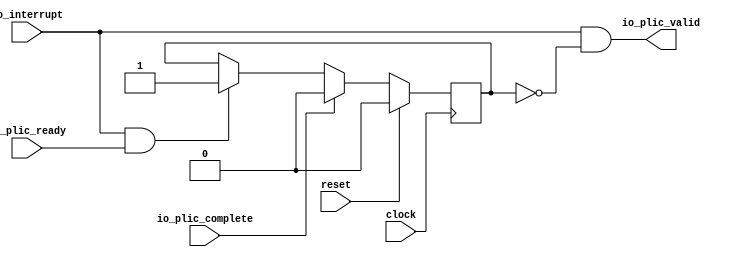
// Copyright (c) 2017, Microsemi Corporation
// All rights reserved.
//
// Redistribution and use in source and binary forms, with or without
// modification, are permitted provided that the following conditions are met:
//     * Redistributions of source code must retain the above copyright
//       notice, this list of conditions and the following disclaimer.
//     * Redistributions in binary form must reproduce the above copyright
//       notice, this list of conditions and the following disclaimer in the
//       documentation and/or other materials provided with the distribution.
//     * Neither the name of the <organization> nor the
//       names of its contributors may be used to endorse or promote products
//       derived from this software without specific prior written permission.
//
// THIS SOFTWARE IS PROVIDED BY THE COPYRIGHT HOLDERS AND CONTRIBUTORS "AS IS" AND
// ANY EXPRESS OR IMPLIED WARRANTIES, INCLUDING, BUT NOT LIMITED TO, THE IMPLIED
// WARRANTIES OF MERCHANTABILITY AND FITNESS FOR A PARTICULAR PURPOSE ARE
// DISCLAIMED. IN NO EVENT SHALL MICROSEMI CORPORATIONM BE LIABLE FOR ANY
// DIRECT, INDIRECT, INCIDENTAL, SPECIAL, EXEMPLARY, OR CONSEQUENTIAL DAMAGES
// (INCLUDING, BUT NOT LIMITED TO, PROCUREMENT OF SUBSTITUTE GOODS OR SERVICES;
// LOSS OF USE, DATA, OR PROFITS; OR BUSINESS INTERRUPTION) HOWEVER CAUSED AND
// ON ANY THEORY OF LIABILITY, WHETHER IN CONTRACT, STRICT LIABILITY, OR TORT
// (INCLUDING NEGLIGENCE OR OTHERWISE) ARISING IN ANY WAY OUT OF THE USE OF THIS
// SOFTWARE, EVEN IF ADVISED OF THE POSSIBILITY OF SUCH DAMAGE.
//
// APACHE LICENSE
// Copyright (c) 2017, Microsemi Corporation 
//
// Licensed under the Apache License, Version 2.0 (the "License");
// you may not use this file except in compliance with the License.
// You may obtain a copy of the License at
//
//    http://www.apache.org/licenses/LICENSE-2.0
//
// Unless required by applicable law or agreed to in writing, software
// distributed under the License is distributed on an "AS IS" BASIS,
// WITHOUT WARRANTIES OR CONDITIONS OF ANY KIND, either express or implied.
// See the License for the specific language governing permissions and
// limitations under the License.
//
// Description:
//
// SVN Revision Information:
// SVN $Revision: $
// SVN $Date: $
//
// Resolved SARs
// SAR      Date     Who   Description
//
// Notes:
//
// ****************************************************************************/
`ifndef RANDOMIZE_REG_INIT 
	 `define RANDOMIZE_REG_INIT 
 `endif
`ifndef RANDOMIZE_MEM_INIT 
	 `define RANDOMIZE_MEM_INIT 
 `endif
`ifndef RANDOMIZE 
	 `define RANDOMIZE 
`endif

`timescale 1ns/10ps
module MiV_AXI_MiV_AXI_0_MIV_RV32IMA_L1_AXI_LEVEL_GATEWAY( // @[:freechips.rocketchip.system.MivRV32ImaL1AhbConfig.fir@5640.2]
  input   clock, // @[:freechips.rocketchip.system.MivRV32ImaL1AhbConfig.fir@5641.4]
  input   reset, // @[:freechips.rocketchip.system.MivRV32ImaL1AhbConfig.fir@5642.4]
  input   io_interrupt, // @[:freechips.rocketchip.system.MivRV32ImaL1AhbConfig.fir@5643.4]
  output  io_plic_valid, // @[:freechips.rocketchip.system.MivRV32ImaL1AhbConfig.fir@5643.4]
  input   io_plic_ready, // @[:freechips.rocketchip.system.MivRV32ImaL1AhbConfig.fir@5643.4]
  input   io_plic_complete // @[:freechips.rocketchip.system.MivRV32ImaL1AhbConfig.fir@5643.4]
);
  reg  inFlight; // @[Plic.scala 29:21:freechips.rocketchip.system.MivRV32ImaL1AhbConfig.fir@5648.4]
  reg [31:0] _RAND_0;
  wire  _T_8; // @[Plic.scala 30:22:freechips.rocketchip.system.MivRV32ImaL1AhbConfig.fir@5649.4]
  wire  _GEN_0; // @[Plic.scala 30:40:freechips.rocketchip.system.MivRV32ImaL1AhbConfig.fir@5650.4]
  wire  _GEN_1; // @[Plic.scala 31:27:freechips.rocketchip.system.MivRV32ImaL1AhbConfig.fir@5653.4]
  wire  _T_12; // @[Plic.scala 32:36:freechips.rocketchip.system.MivRV32ImaL1AhbConfig.fir@5656.4]
  wire  _T_13; // @[Plic.scala 32:33:freechips.rocketchip.system.MivRV32ImaL1AhbConfig.fir@5657.4]
  assign _T_8 = io_interrupt & io_plic_ready; // @[Plic.scala 30:22:freechips.rocketchip.system.MivRV32ImaL1AhbConfig.fir@5649.4]
  assign _GEN_0 = _T_8 ? 1'h1 : inFlight; // @[Plic.scala 30:40:freechips.rocketchip.system.MivRV32ImaL1AhbConfig.fir@5650.4]
  assign _GEN_1 = io_plic_complete ? 1'h0 : _GEN_0; // @[Plic.scala 31:27:freechips.rocketchip.system.MivRV32ImaL1AhbConfig.fir@5653.4]
  assign _T_12 = inFlight == 1'h0; // @[Plic.scala 32:36:freechips.rocketchip.system.MivRV32ImaL1AhbConfig.fir@5656.4]
  assign _T_13 = io_interrupt & _T_12; // @[Plic.scala 32:33:freechips.rocketchip.system.MivRV32ImaL1AhbConfig.fir@5657.4]
  assign io_plic_valid = _T_13;
`ifdef RANDOMIZE
  integer initvar;
  initial begin
    `ifndef verilator
      #0.002 begin end
    `endif
  `ifdef RANDOMIZE_REG_INIT
  _RAND_0 = {1{32'b0}};
  inFlight = _RAND_0[0:0];
  `endif // RANDOMIZE_REG_INIT
  end
`endif // RANDOMIZE
  always @(posedge clock) begin
    if (reset) begin
      inFlight <= 1'h0;
    end else begin
      if (io_plic_complete) begin
        inFlight <= 1'h0;
      end else begin
        if (_T_8) begin
          inFlight <= 1'h1;
        end
      end
    end
  end
endmodule